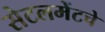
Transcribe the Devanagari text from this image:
सेटलमेंटचे